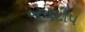
જયદીપ